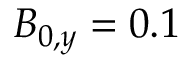
B _ { 0 , y } = 0 . 1